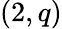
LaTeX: (2,q)